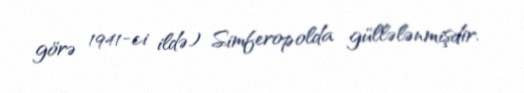
görə 1941-ci ildə) Simferopolda güllələnmişdir.